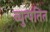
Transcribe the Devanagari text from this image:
व्युत्पतित